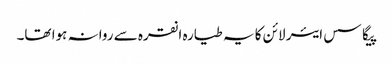
پیگاسس ایئر لائن کا یہ طیارہ انقرہ سے روانہ ہوا تھا۔